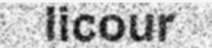
licour